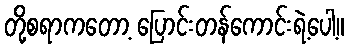
တို့စရာကတော့ ပြောင်းတန်ကောင်းရဲ့ပေါ့။